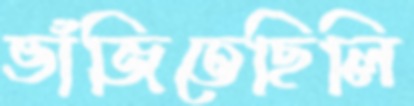
ভাঁজিতেছিলি